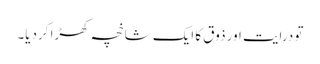
تو درایت اور ذوق کا ایک شاخچہ کھڑا کردیا۔